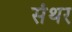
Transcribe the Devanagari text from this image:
संथर